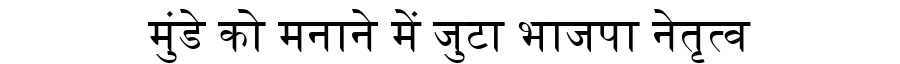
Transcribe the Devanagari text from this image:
मुंडे को मनाने में जुटा भाजपा नेतृत्व